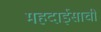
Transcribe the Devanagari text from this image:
महदाईसाची